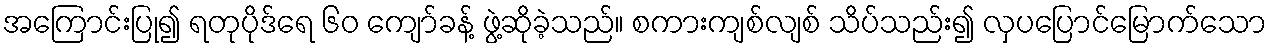
အကြောင်းပြု၍ ရတုပိုဒ်ရေ ၆၀ ကျော်ခန့် ဖွဲ့ဆိုခဲ့သည်။ စကားကျစ်လျစ် သိပ်သည်း၍ လှပပြောင်မြောက်သော